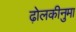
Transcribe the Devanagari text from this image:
ढ़ोलकीनुमा